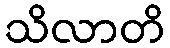
သိလာတိ